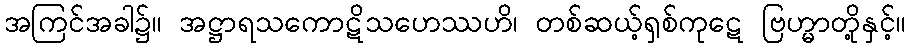
အကြင်အခါ၌။ အဋ္ဌာရသကောဋိသဟေဿဟိ၊ တစ်ဆယ့်ရှစ်ကုဋေ ဗြဟ္မာတို့နှင့်။